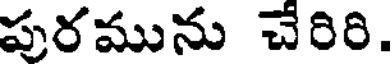
పురమును చేరిరి.